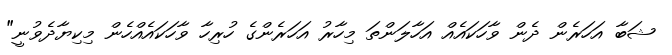
ޝަބާ އަހަރެން ދެން ވާހަކައެއް އަހާލަންތަ މިހާރު އަހަރެންގެ ހުރިހާ ވާހަކައެއްހެން މިކިޔާދެވުނީ"